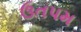
ઉતપમ